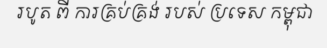
របូត ពី ការគ្រប់គ្រង់ របស់ ប្រទេស កម្ពុជា